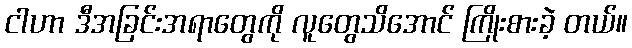
ငါဟာ ဒီအခြင်းအရာတွေကို လူတွေသိအောင် ကြိုးစားခဲ့ တယ်။